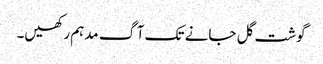
گوشت گل جانے تک آگ مدہم رکھیں۔